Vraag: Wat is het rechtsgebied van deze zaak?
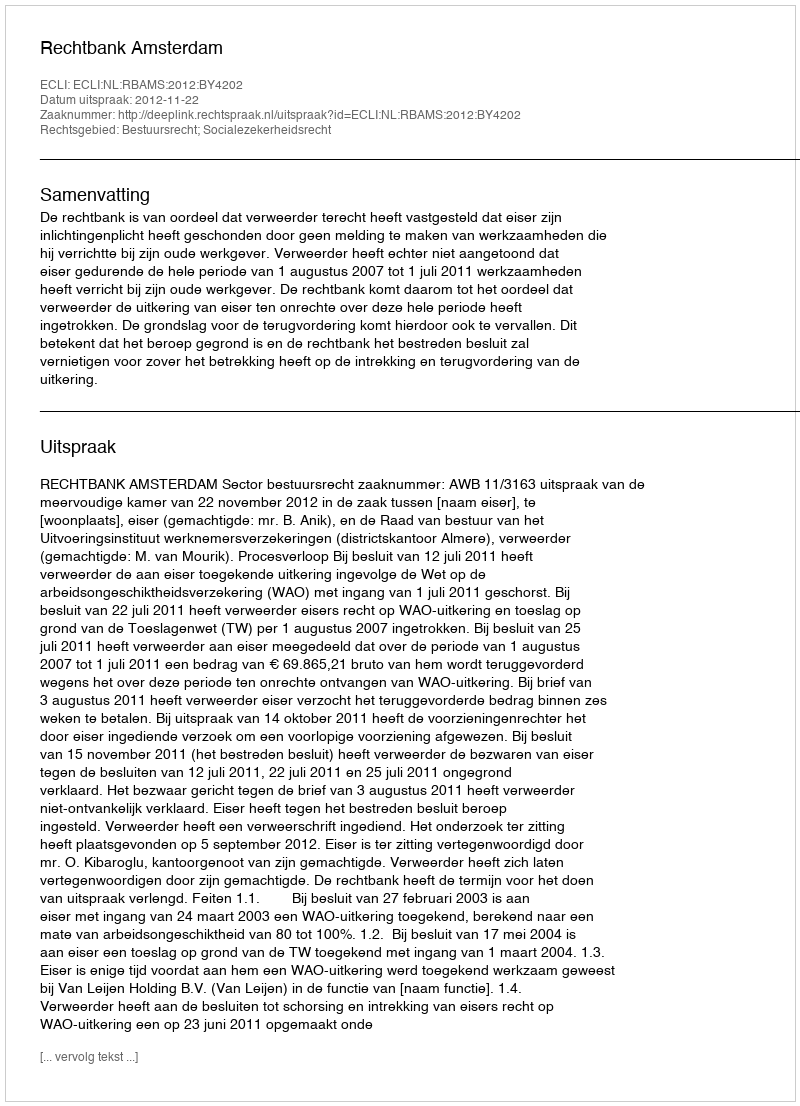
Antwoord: Bestuursrecht; Socialezekerheidsrecht